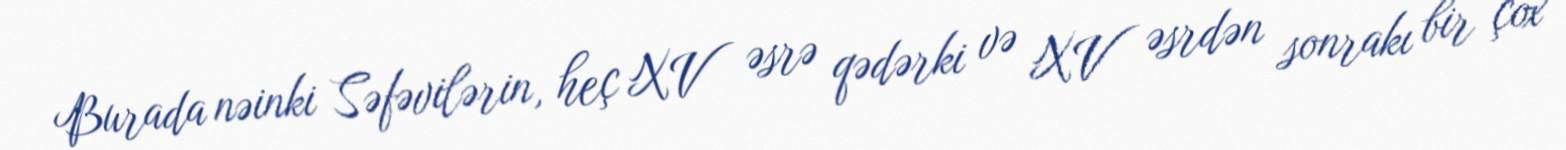
Burada nəinki Səfəvilərin, heç XV əsrə qədərki və XV əsrdən sonrakı bir çox